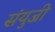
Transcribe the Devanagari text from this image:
संयुजी